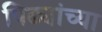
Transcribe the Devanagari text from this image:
पिढ्यांच्‍या